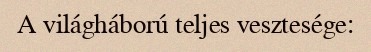
A világháború teljes vesztesége: